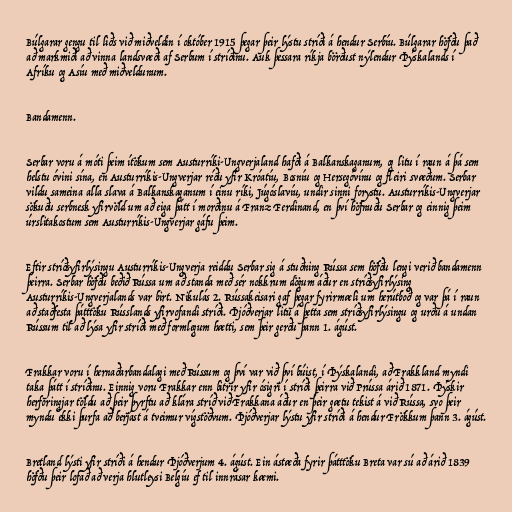
Búlgarar gengu til liðs við miðveldin í október 1915 þegar þeir lýstu stríði á hendur Serbíu. Búlgarar höfðu það
að markmiði að vinna landsvæði af Serbum í stríðinu. Auk þessara ríkja börðust nýlendur Þýskalands í
Afríku og Asíu með miðveldunum.

Bandamenn.

Serbar voru á móti þeim ítökum sem Austurríki-Ungverjaland hafði á Balkanskaganum, og litu í raun á þá sem
helstu óvini sína, en Austurríkis-Ungverjar réðu yfir Króatíu, Bosníu og Hersegóvínu og fleiri svæðum. Serbar
vildu sameina alla slava á Balkanskaganum í einu ríki, Júgóslavíu, undir sinni forystu. Austurríkis-Ungverjar
sökuðu serbnesk yfirvöld um að eiga þátt í morðinu á Franz Ferdinand, en því höfnuðu Serbar og einnig þeim
úrslitakostum sem Austurríkis-Ungverjar gáfu þeim.

Eftir stríðsyfirlýsingu Austurríkis-Ungverja reiddu Serbar sig á stuðning Rússa sem höfðu lengi verið bandamenn
þeirra. Serbar höfðu beðið Rússa um að standa með sér nokkrum dögum áður en stríðsyfirlýsing
Austurríkis-Ungverjalands var birt. Nikulás 2. Rússakeisari gaf þegar fyrirmæli um herútboð og var þá í raun
að staðfesta þátttöku Rússlands yfirvofandi stríði. Þjóðverjar litu á þetta sem stríðsyfirlýsingu og urðu á undan
Rússum til að lýsa yfir stríði með formlegum hætti, sem þeir gerðu þann 1. ágúst.

Frakkar voru í hernaðarbandalagi með Rússum og því var við því búist, í Þýskalandi, að Frakkland myndi
taka þátt í stríðinu. Einnig voru Frakkar enn bitrir yfir ósigri í stríði þeirra við Prússa árið 1871. Þýskir
herforingjar töldu að þeir þyrftu að klára stríð við Frakkana áður en þeir gætu tekist á við Rússa, svo þeir
myndu ekki þurfa að berjast á tveimur vígstöðvum. Þjóðverjar lýstu yfir stríði á hendur Frökkum þann 3. ágúst.

Bretland lýsti yfir stríði á hendur Þjóðverjum 4. ágúst. Ein ástæða fyrir þátttöku Breta var sú að árið 1839
höfðu þeir lofað að verja hlutleysi Belgíu ef til innrásar kæmi.